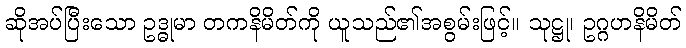
ဆိုအပ်ပြီးသော ဥဒ္ဓုမာ တကနိမိတ်ကို ယူသည်၏အစွမ်းဖြင့်။ သုဋ္ဌု၊ ဥဂ္ဂဟနိမိတ်